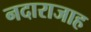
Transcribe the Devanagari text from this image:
नदाराजाह